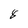
Character: 8